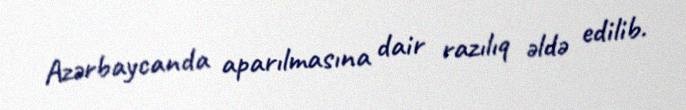
Azərbaycanda aparılmasına dair razılıq əldə edilib.